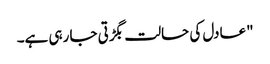
"عادل کی حالت بگڑتی جا رہی ہے۔